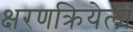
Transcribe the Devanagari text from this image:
क्षरणक्रियेला